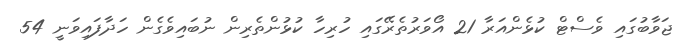
ޖަވާބުގައި ވެސްޓް ކުޅެންއަރާ 21 އޯވަރުތެރޭގައި ހުރިހާ ކުޅުންތެރިން ނުބައިވެގެން ހަދާފައިވަނީ 54